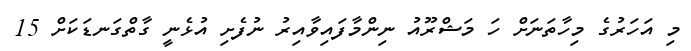
މި އަހަރުގެ މިހާތަނަށް ހަ މަޝްރޫއު ނިންމާފައިވާއިރު ނުފެށި އުޅެނީ ގާތްގަނޑަކަށް 15